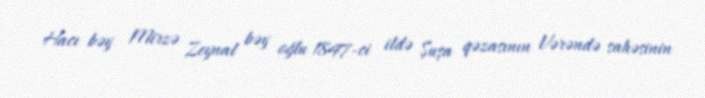
Hacı bəy Mirzə Zeynal bəy oğlu 1847-ci ildə Şuşa qəzasının Vərəndə sahəsinin